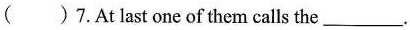
( ) 7. At last one of them calls the___.